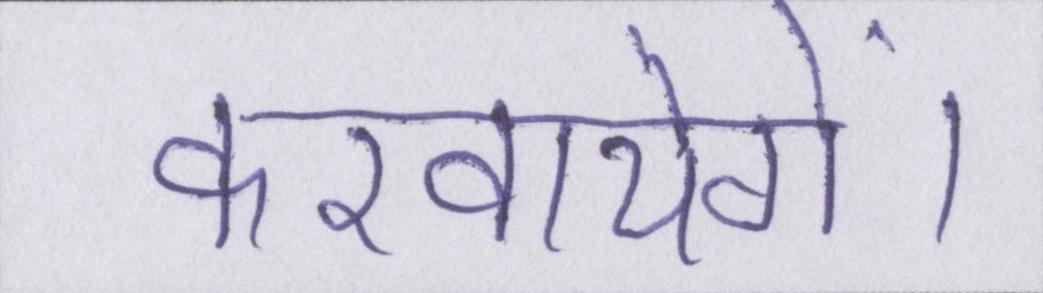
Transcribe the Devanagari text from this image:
करवायेगें।